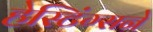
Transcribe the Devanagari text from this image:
हेस्टिंग्सने